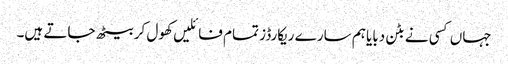
جہاں کسی نے بٹن دبایا ہم سارے ریکارڈز تمام فائلیں کھول کر بیٹھ جاتے ہیں۔